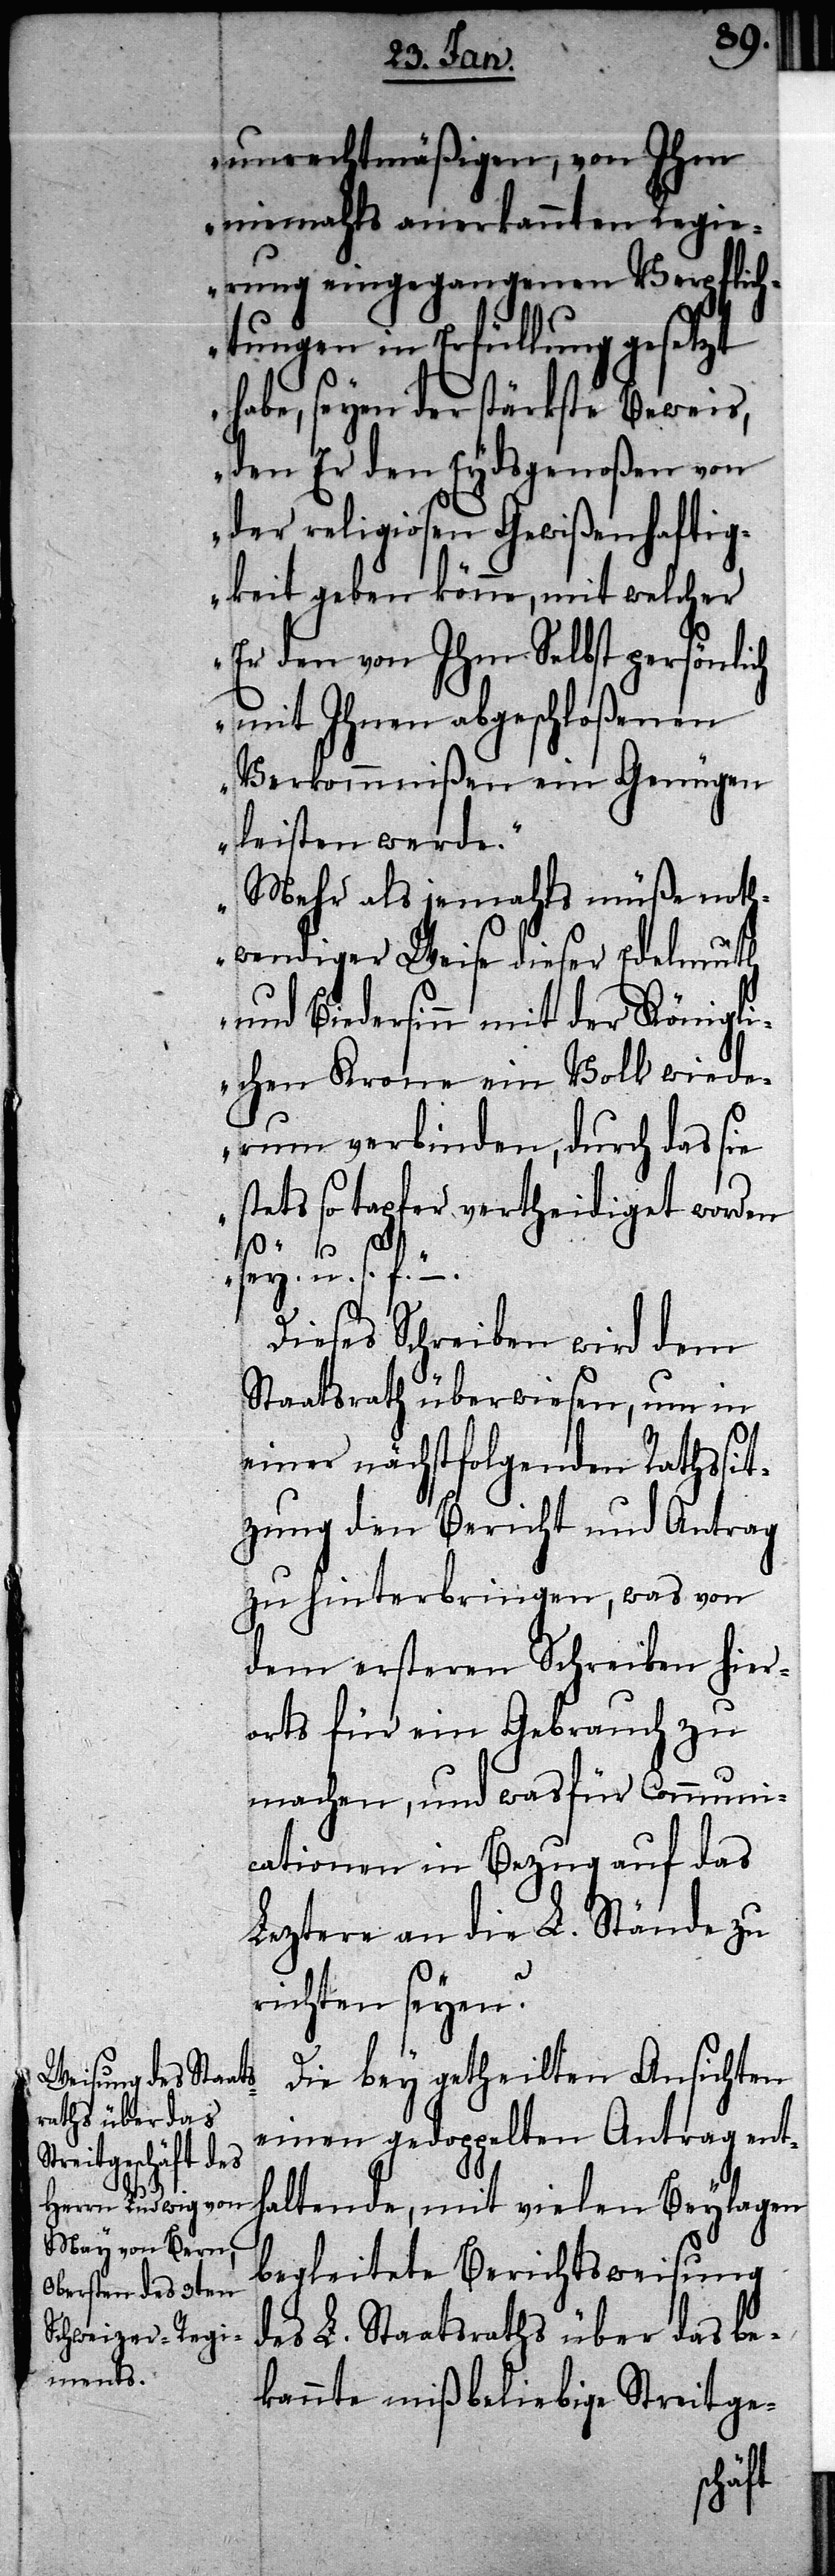
unrechtmäßigen, von Ihm
niemahls anerkannten Regie¬
rung eingegangenen Verpflich¬
tungen in Erfüllung gesetzt
habe, seyen der stärkste Beweis,
den Er den Eydsgenoßen von
der religiosen Gewißenhaftig¬
keit geben könne, mit welcher
Er den von Ihm Selbst persönlich
mit Ihnen abgeschloßenen
Verkommnißen ein Genügen
leisten werde.“
„Mehr als jemahls müße noth¬
wendiger Weise dieser Edelmuth
und Biedersinn mit der Königli¬
chen Krone ein Volk wiede¬
rum verbinden, durch das sie
stets so tapfer vertheidiget worden
sey u. s. f.“ –
Dieses Schreiben wird dem
Staatsrath überwiesen, um in
einer nächstfolgenden Rathssit¬
zung den Bericht und Antrag
zu hinterbringen, was von
dem ersteren Schreiben hier¬
orts für ein Gebrauch zu
machen, und wasfür Communi¬
cationen in Bezug auf das
Leztere an die L. Stände zu
richten seyen?
Die bey getheilten Ansichten
einen gedoppelten Antrag ent¬
haltende, mit vielen Beylagen
begleitete Berichtsweisung
des L. Staatsraths über das be¬
kannte mißbeliebige Streitge-